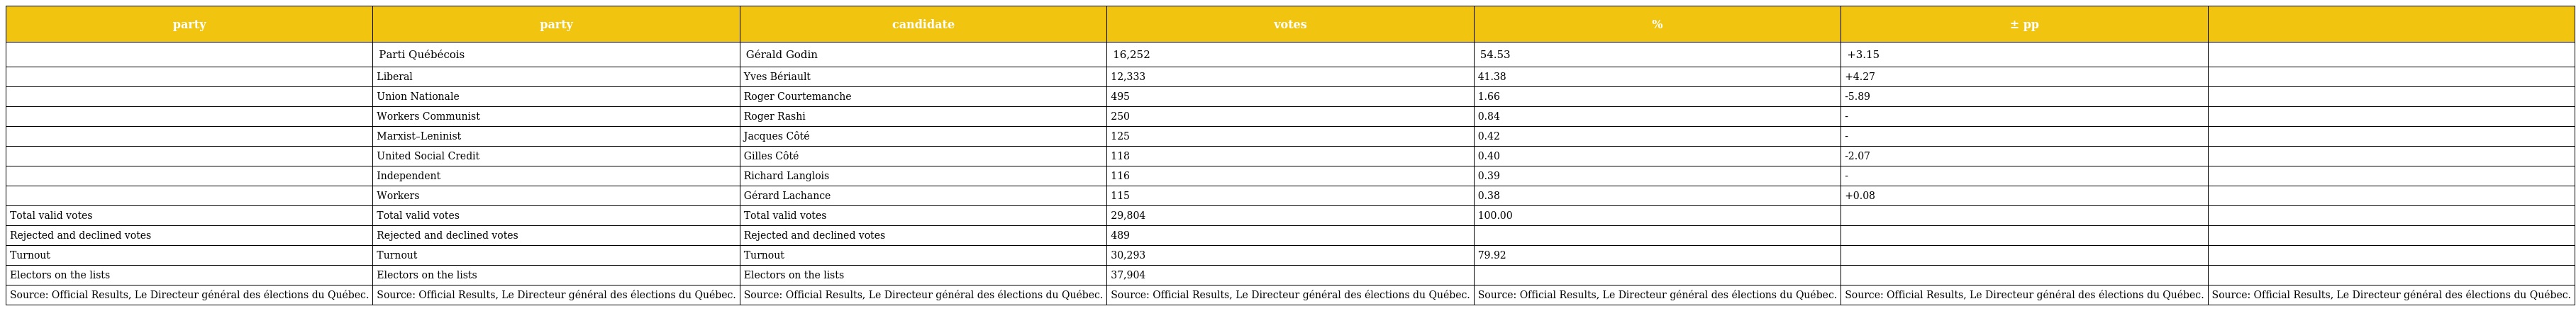
| party | party | candidate | votes | % | ± pp |  |
 | --- | --- | --- | --- | --- | --- | --- |
 |  | Parti Québécois | Gérald Godin | 16,252 | 54.53 | +3.15 |  |
 |  | Liberal | Yves Bériault | 12,333 | 41.38 | +4.27 |  |
 |  | Union Nationale | Roger Courtemanche | 495 | 1.66 | -5.89 |  |
 |  | Workers Communist | Roger Rashi | 250 | 0.84 | - |  |
 |  | Marxist–Leninist | Jacques Côté | 125 | 0.42 | - |  |
 |  | United Social Credit | Gilles Côté | 118 | 0.40 | -2.07 |  |
 |  | Independent | Richard Langlois | 116 | 0.39 | - |  |
 |  | Workers | Gérard Lachance | 115 | 0.38 | +0.08 |  |
 | Total valid votes | Total valid votes | Total valid votes | 29,804 | 100.00 |  |  |
 | Rejected and declined votes | Rejected and declined votes | Rejected and declined votes | 489 |  |  |  |
 | Turnout | Turnout | Turnout | 30,293 | 79.92 |  |  |
 | Electors on the lists | Electors on the lists | Electors on the lists | 37,904 |  |  |  |
 | Source: Official Results, Le Directeur général des élections du Québec. | Source: Official Results, Le Directeur général des élections du Québec. | Source: Official Results, Le Directeur général des élections du Québec. | Source: Official Results, Le Directeur général des élections du Québec. | Source: Official Results, Le Directeur général des élections du Québec. | Source: Official Results, Le Directeur général des élections du Québec. | Source: Official Results, Le Directeur général des élections du Québec. |